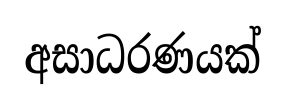
අසාධරණයක්